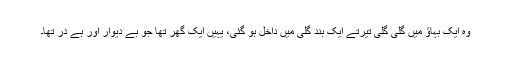
وہ ایک بہاؤ میں گلی گلی تیرتے ایک بند گلی میں داخل ہو گئی، یہیں ایک گھر تھا جو بے دیوار اور بے در تھا۔